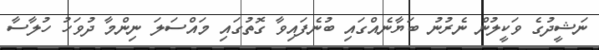
ނަޝީދުގެ ވަކީލުން ނެރުނު ބަޔާނެއްގައި ބުނެފައިވާ ގޮތުގައި މައްސަލަ ނިންމާ ދުވަހު ހުލާސާ